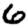
Digit: 6